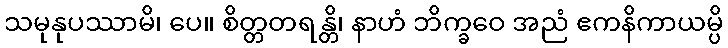
သမုနုပဿာမိ၊ ပေ။ စိတ္တတရန္တိ၊ နာဟံ ဘိက္ခဝေ အညံ ဧကနိကာယမ္ပိ